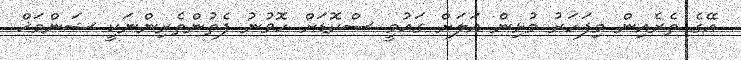
އޭގެ ތެރެއިން މިފަހަރު މުޅިން އަލަށް ގައުމީ ސްކޮޑަށް ހޮވުނު ފެތުންތެރިންނަކީ ޝަންމަޚް